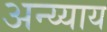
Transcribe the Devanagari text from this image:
अन्य्याय